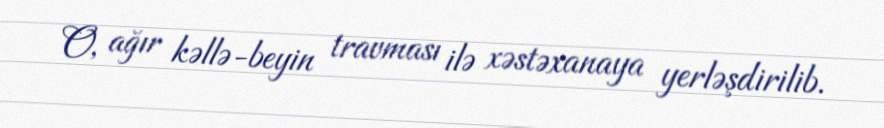
O, ağır kəllə-beyin travması ilə xəstəxanaya yerləşdirilib.